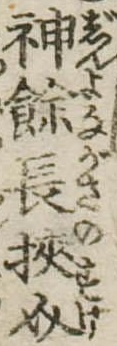
神余長挟介